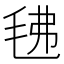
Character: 𭯗